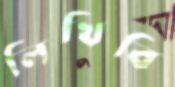
লিখিবি